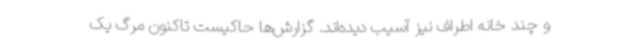
و چند خانه اطراف نیز آسیب دیده‌اند. گزارش‌ها حاکیست تاکنون مرگ یک